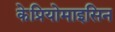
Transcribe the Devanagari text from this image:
केप्रियोमाइसिन